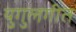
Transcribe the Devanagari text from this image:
युगुलगीत